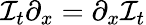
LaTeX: {\mathcal{I}}_{t}\partial_{x}=\partial_{x}{\mathcal{I}}_{t}